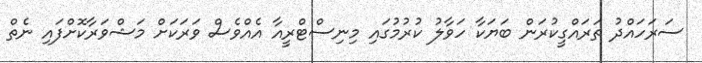
ސަރަހައްދު ތަރައްގީކުރަން ބަޔަކާ ހަވާލު ކުރުމުގައި މިނިސްޓްރީއާ އެއްވެސް ވަރަކަށް މަޝްވަރާކޮށްފައި ނެތް